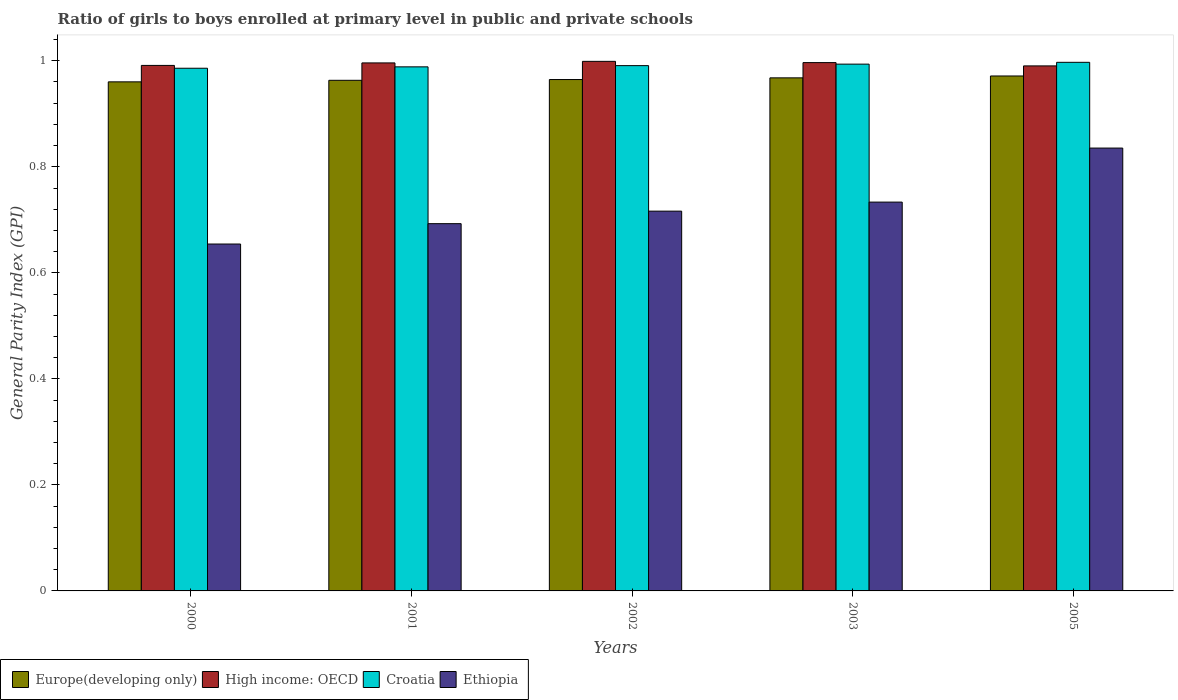
| Years | Europe(developing only) | High income: OECD | Croatia | Ethiopia |
 | --- | --- | --- | --- | --- |
 | 2000 | 0.96 | 0.991 | 0.986 | 0.654 |
 | 2001 | 0.963 | 0.996 | 0.989 | 0.693 |
 | 2002 | 0.965 | 0.999 | 0.991 | 0.716 |
 | 2003 | 0.968 | 0.997 | 0.994 | 0.733 |
 | 2005 | 0.971 | 0.99 | 0.997 | 0.835 |